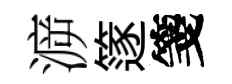
㴑篴箋